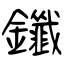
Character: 鑯